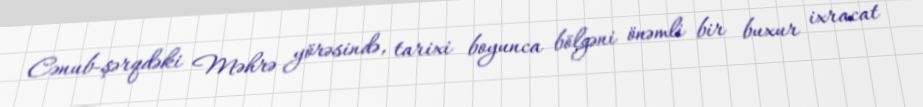
Cənub-şərqdəki Məhrə yörəsində, tarixi boyunca bölgəni önəmli bir buxur ixracat